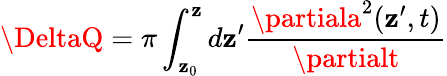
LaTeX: \DeltaQ=\pi\int_{\mathbf{z}_{0}}^{\mathbf{z}}d\mathbf{z}^{\prime}\frac{{\partiala^{2}(\mathbf{z}^{\prime},t)}}{{\partialt}}